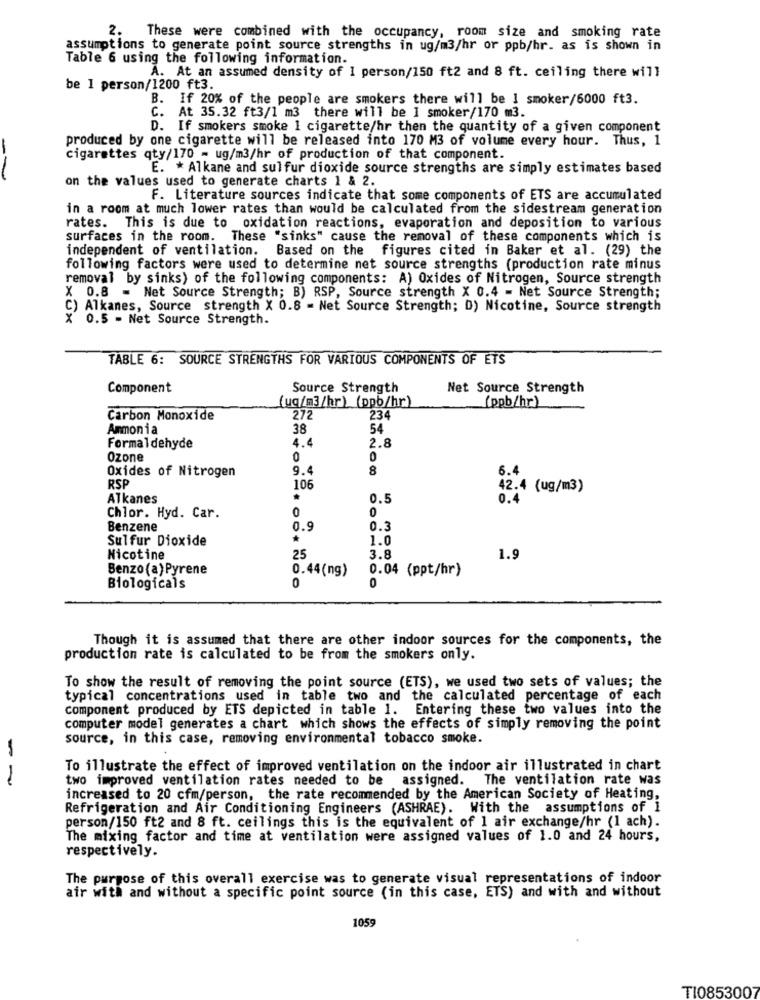
2.
These were combined with the occupancy, room size and smoking rate
assumptions to generate point source strengths in ug/m3/hr or ppb/hr. as is shown in
Table 6 using the following information.
A. At an assumed density of 1 person/150 ft2 and 8 ft. ceiling there will
be 1 person/1200 ft3.
B. If 20% of the people are smokers there will be I smoker/6000 ft3.
C. At 35.32 ft3/1 m3 there will be 1 smoker/170 m3.
. If smokers smoke 1 cigarette/hr then the quantity of a given component
produced by one cigarette will be released into 170 M3 of volume every hour. Thus, 1
cigarettes qty/170 - ug/m3/hr of production of that component.
-
E. * Alkane and sulfur dioxide source strengths are simply estimates based
on the values used to generate charts 1 & 2.
F. Literature sources indicate that some components of ETS are accumulated
in a room at much lower rates than would be calculated from the sidestream generation
rates. This is due to oxidation reactions, evaporation and deposition to various
surfaces in the room. These "sinks" cause the removal of these components which is
independent of ventilation. Based on the figures cited in Baker et al. (29) the
following factors were used to determine net source strengths (production rate minus
removal by sinks) of the following components: A) Oxides of Nitrogen, Source strength
X 0.8 = Net Source Strength; B) RSP, Source strength X 0.4 - Net Source Strength;
C) Alkanes, Source strength X 0.8 - Net Source Strength; D) Nicotine, Source strength
X 0.5 - Net Source Strength.
TABLE 6: SOURCE STRENGTHS FOR VARIOUS COMPONENTS OF ETS
Component
Source Strength
Net Source Strength
[uq/m3/hr) (ppb/hr)
(ppb/hr)
Carbon Monoxide
272
234
Ammonia
38
54
2.8
Formaldehyde
4.4
Ozone
0
0
Oxides of Nitrogen
9.4
8
6.4
RSP
106
42.4 (ug/m3)
Alkanes
*
0.5
0.4
0
0
Chlor. Hyd. Car.
Benzene
0.9
0.3
Sulfur Dioxide
1.0
Nicotine
25
3.8
1.9
Benzo (a) Pyrene
0.44(ng)
0.04 (ppt/hr)
0
Biologicals
0
Though it is assumed that there are other indoor sources for the components, the
production rate is calculated to be from the smokers only.
To show the result of removing the point source (ETS), we used two sets of values; the
typical concentrations used in table two and the calculated percentage of each
component produced by ETS depicted in table 1. Entering these two values into the
computer model generates a chart which shows the effects of simply removing the point
source, in this case, removing environmental tobacco smoke.
To illustrate the effect of improved ventilation on the indoor air illustrated in chart
two improved ventilation rates needed to be assigned. The ventilation rate was
increased to 20 cfm/person, the rate recommended by the American Society of Heating,
Refrigeration and Air Conditioning Engineers (ASHRAE). With the assumptions of 1
person/150 ft2 and 8 ft. ceilings this is the equivalent of 1 air exchange/hr (1 ach).
The mixing factor and time at ventilation were assigned values of 1.0 and 24 hours,
respectively.
The purpose of this overall exercise was to generate visual representations of indoor
air with and without a specific point source (in this case, ETS) and with and without
105g
TI0853007